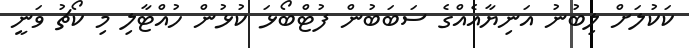
ކަކުލަށް ލިބުނު އަނިޔާއެއްގެ ސަބަބުން ފުޓްބޯޅަ ކުޅުން ހުއްޓާލި މި ކޯޗު ވަނީ